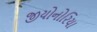
જીયોનોરિયા